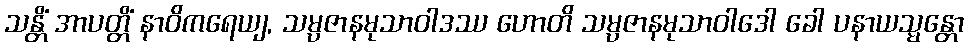
သန္တိံ အာပတ္တိံ နာဝိကရေယျ, သမ္ပဇာနမုသာဝါဒဿ ဟောတိ သမ္ပဇာနမုသာဝါဒေါ ခေါ ပနာယသ္မန္တော